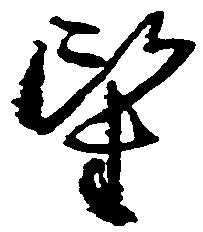
望